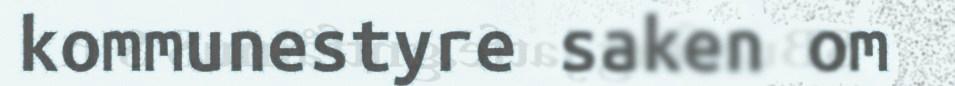
kommunestyre saken om